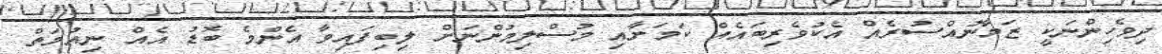
ދިވެހިންނަކީ ޒަމާނުއްސުރެއް އެކުވެރިބައެއް ކަމަށާއި މުސްލިމުންނަށް ލިބިފައިވާ އެންމެ ބޮޑު އެއް ނިއުމަތް